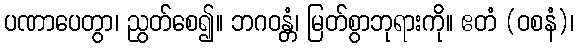
ပဏာပေတွာ၊ ညွတ်စေ၍။ ဘဂဝန္တံ၊ မြတ်စွာဘုရားကို။ ဧတံ (ဝစနံ)၊